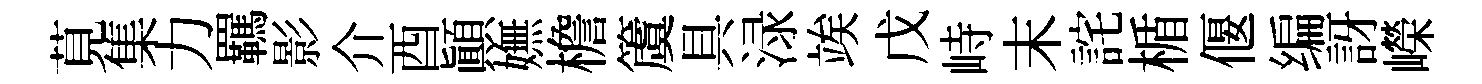
莧集力羈影介酉顚嫵檐𥵂具渌竢戊峙末詫楯偃编訝嶸